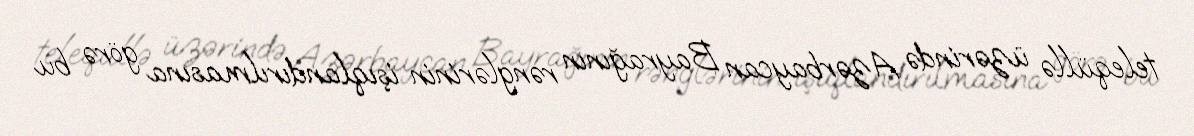
teleqüllə üzərində Azərbaycan Bayrağının rənglərinin işıqlandırılmasına görə bu